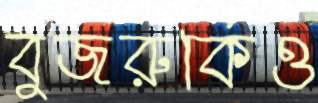
বুজরুকিও